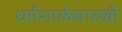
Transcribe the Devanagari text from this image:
धर्मशाळेसारखी